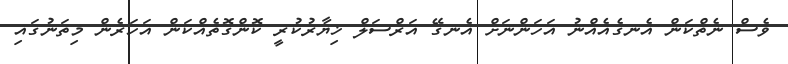
ވެސް ނެތްކަން އެނގެއެއްނު އަހަންނަށް އެނގޭ އަރްސަލް ޚިޔާރުކުރީ ކޮންގޮތެއްކަން އަހަރެން މިތަނުގައި